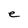
Character: e